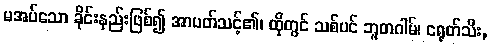
မအပ်သော ခိုင်းနည်းဖြစ်၍ အာပတ်သင့်၏၊ ထိုတွင် သစ်ပင် ဘူတဂါမ်၊ ငရုတ်သီး,